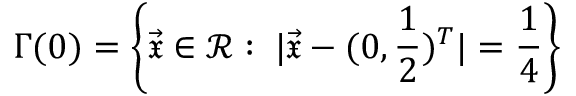
\Gamma ( 0 ) = \left\{ \vec { \mathfrak { x } } \in \mathscr { R } : \; | \vec { \mathfrak { x } } - ( 0 , \frac { 1 } { 2 } ) ^ { T } | = \frac { 1 } { 4 } \right\}